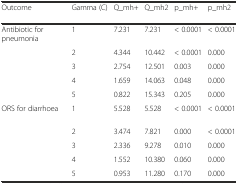
<table><thead><tr><td><b>Outcome</b></td><td><b>Gamma (C)</b></td><td><b>Q_mh+</b></td><td><b>Q_mh2</b></td><td><b>p_mh+</b></td><td><b>p_mh2</b></td></tr></thead><tbody><tr><td>Antibiotic for pneumonia</td><td>1</td><td>7.231</td><td>7.231</td><td>&lt; 0.0001</td><td>&lt; 0.0001</td></tr><tr><td></td><td>2</td><td>4.344</td><td>10.442</td><td>&lt; 0.0001</td><td>0.000</td></tr><tr><td></td><td>3</td><td>2.754</td><td>12.501</td><td>0.003</td><td>0.000</td></tr><tr><td></td><td>4</td><td>1.659</td><td>14.063</td><td>0.048</td><td>0.000</td></tr><tr><td></td><td>5</td><td>0.822</td><td>15.343</td><td>0.205</td><td>0.000</td></tr><tr><td>ORS for diarrhoea</td><td>1</td><td>5.528</td><td>5.528</td><td>&lt; 0.0001</td><td>&lt; 0.0001</td></tr><tr><td></td><td>2</td><td>3.474</td><td>7.821</td><td>0.000</td><td>&lt; 0.0001</td></tr><tr><td></td><td>3</td><td>2.336</td><td>9.278</td><td>0.010</td><td>0.000</td></tr><tr><td></td><td>4</td><td>1.552</td><td>10.380</td><td>0.060</td><td>0.000</td></tr><tr><td></td><td>5</td><td>0.953</td><td>11.280</td><td>0.170</td><td>0.000</td></tr></tbody></table>